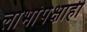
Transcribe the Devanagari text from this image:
लाभांपेक्षाही